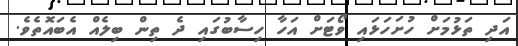
އަދި ތަޅުމަށް ހުށަހަޅައި ވޯޓަށް އަހާ ހިސާބުގައި ދެ ތިން ބިލެއް އެބައޮތެވެ.